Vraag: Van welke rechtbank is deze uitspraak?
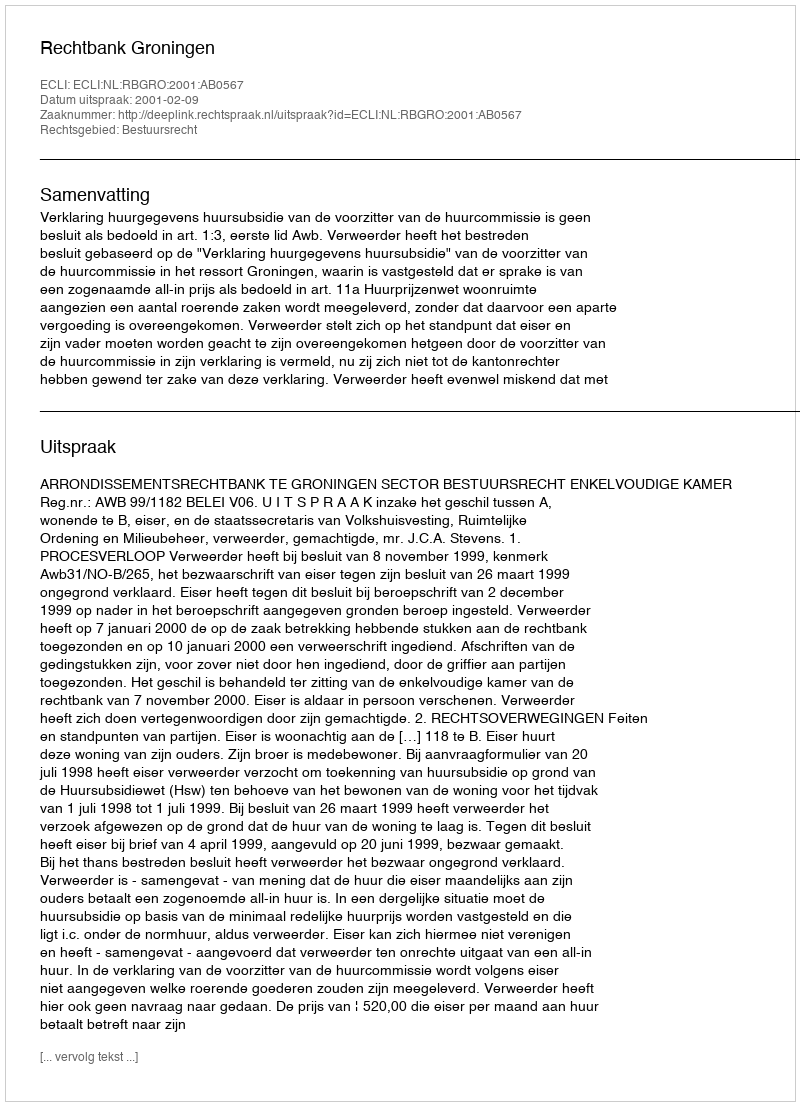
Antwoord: Rechtbank Groningen